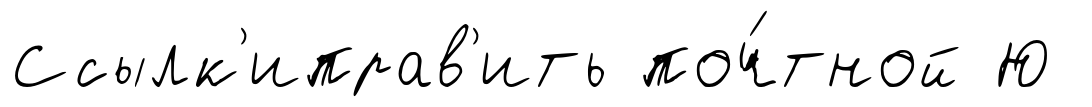
Ссылк'иправ'ить поч́тной Ю